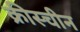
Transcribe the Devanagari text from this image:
क्रीस्चीन